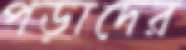
পড়াদের